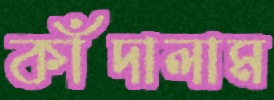
কাঁদালাম